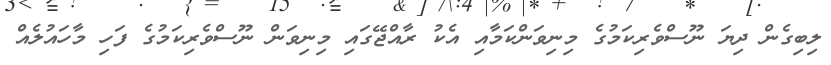
ލިބިގެން ދިޔަ ނޫސްވެރިކަމުގެ މިނިވަންކަމާއި އެކު ރާއްޖޭގައި މިނިވަން ނޫސްވެރިކަމުގެ ފަހި މާހައުލެއް